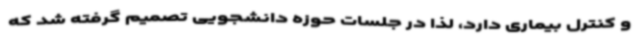
و کنترل بیماری دارد، لذا در جلسات حوزه دانشجویی تصمیم گرفته شد که